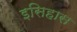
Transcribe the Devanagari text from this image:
इसिहास